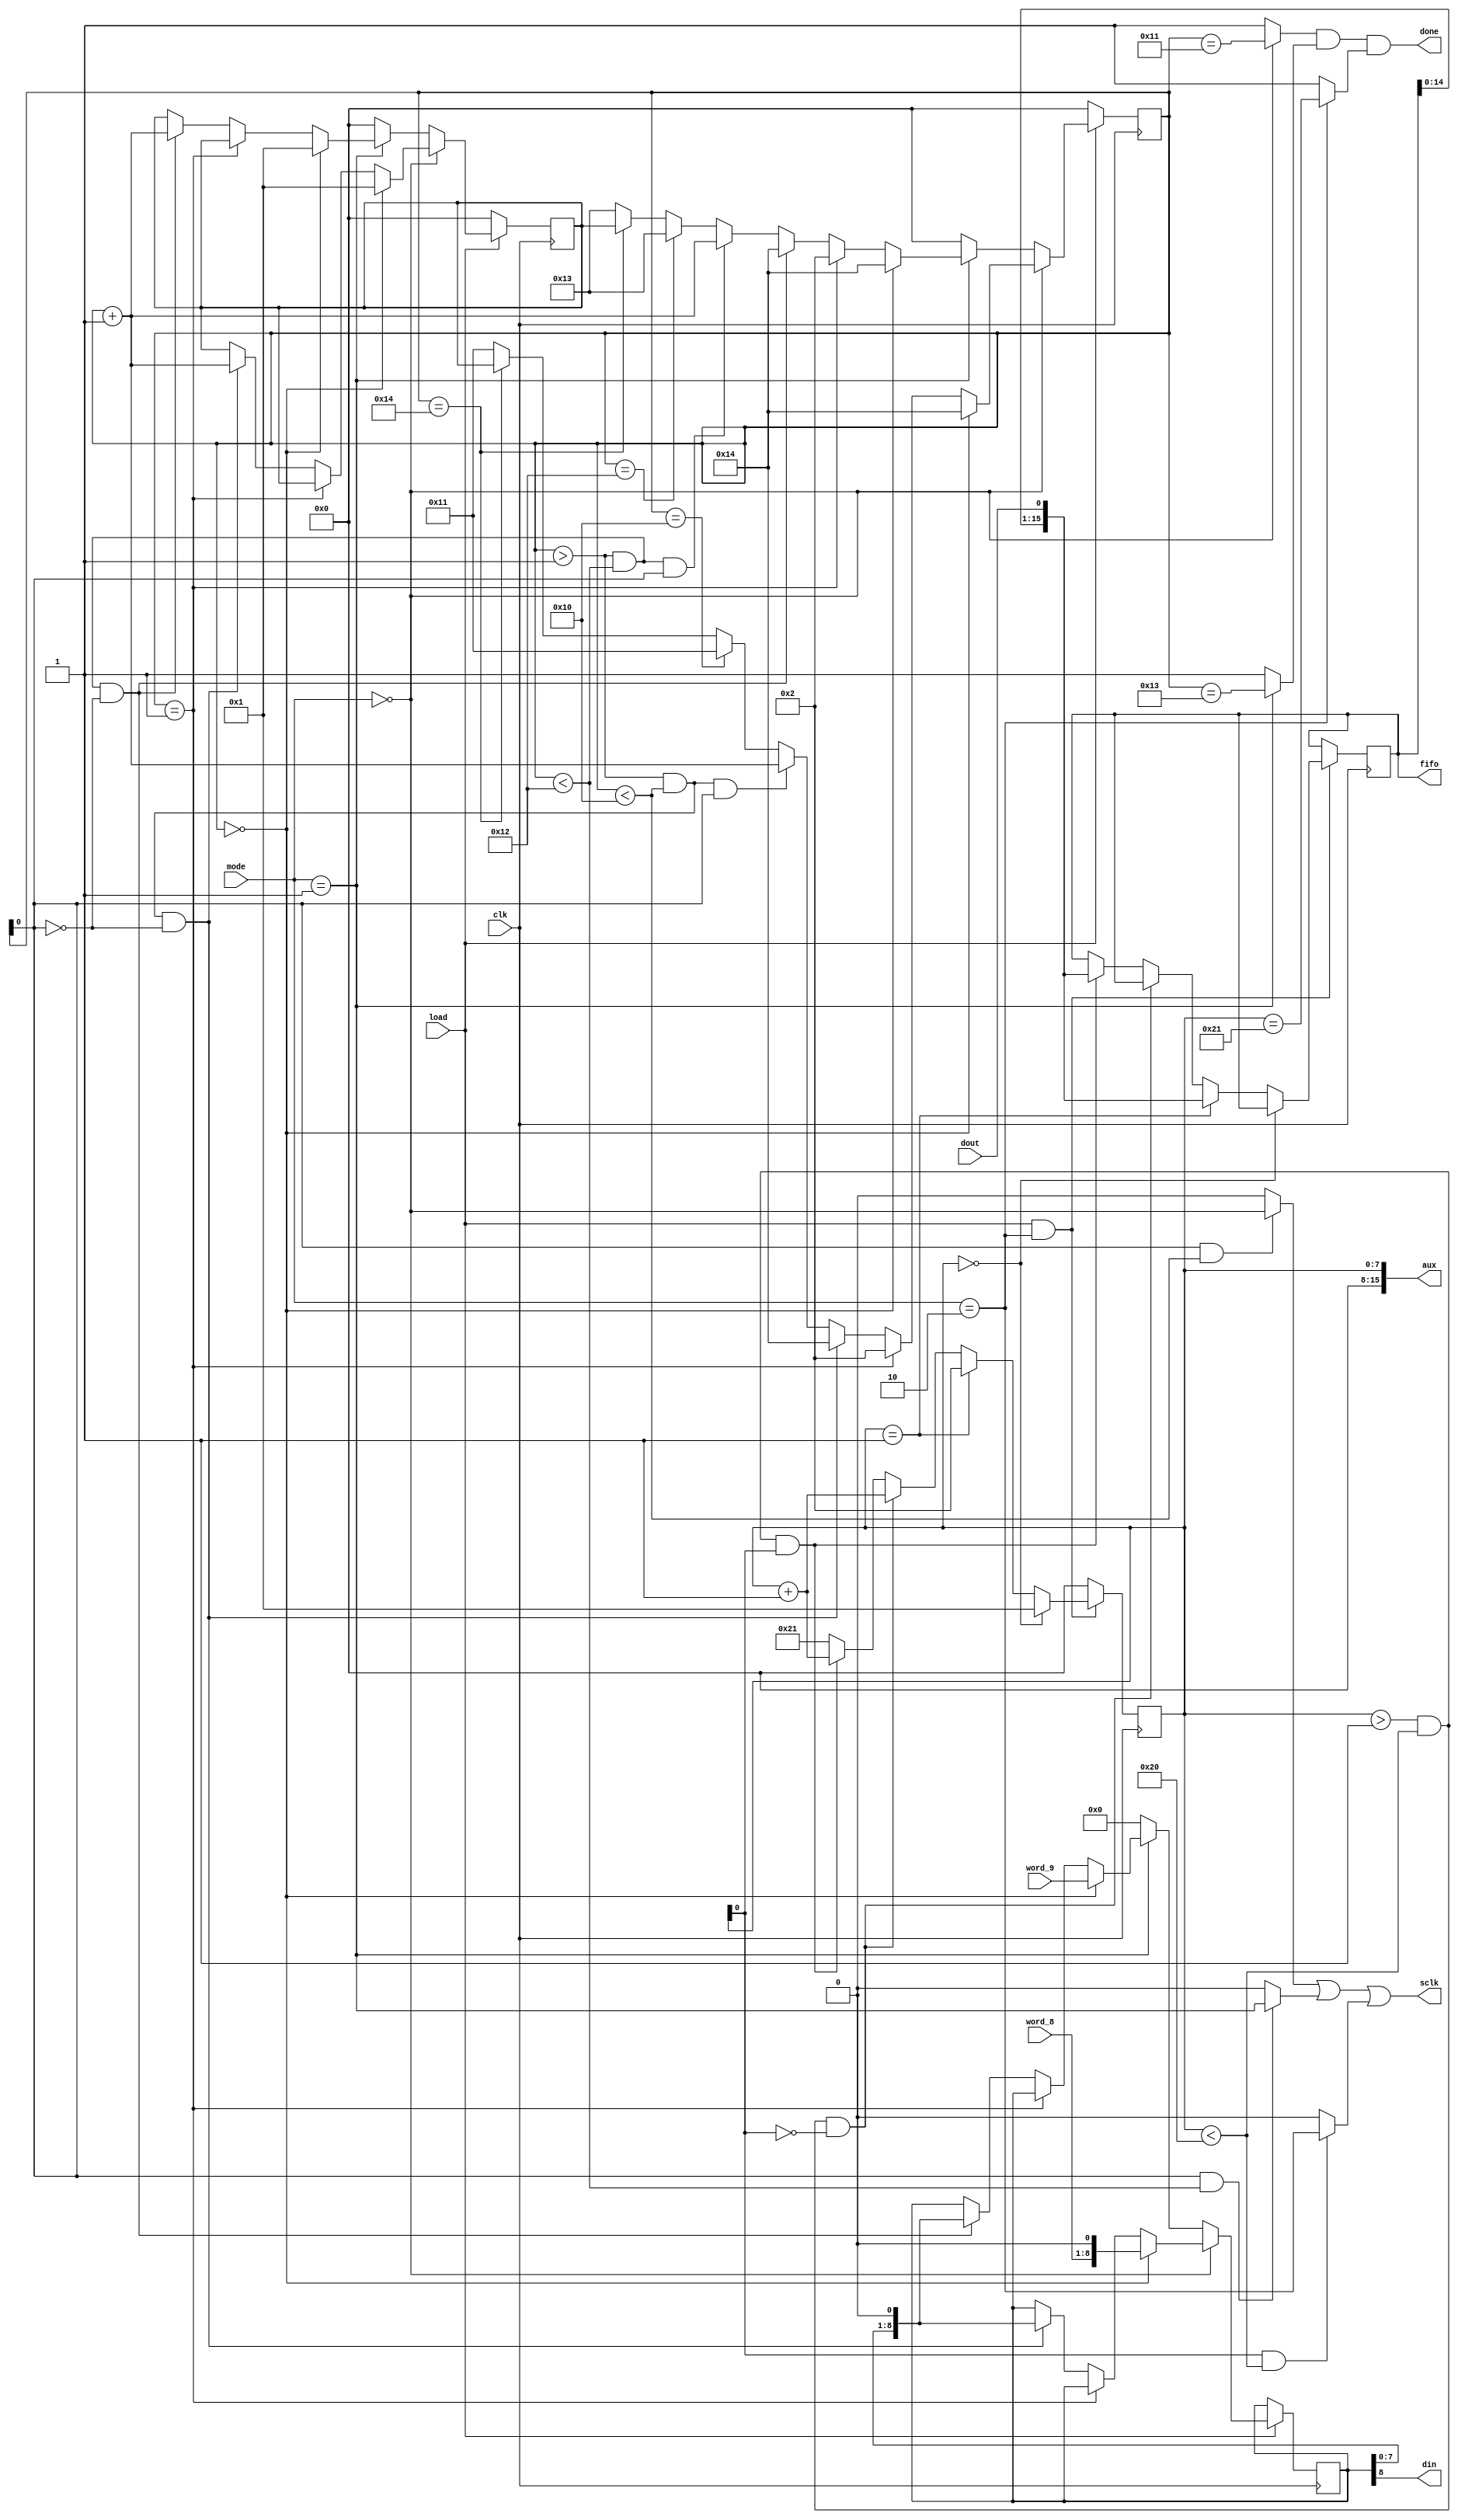
`timescale 1ns / 1ps
//////////////////////////////////////////////////////////////////////////////////
// Company: 
// Engineer: 
// 
// Design Name: 
// Module Name: SPI
// Project Name: 
// Target Devices: 
// Tool Versions: 
// Description: 
// 
// Dependencies: 
// 
// Revision:
// Revision 0.01 - File Created
// Additional Comments:
// 
//////////////////////////////////////////////////////////////////////////////////


module SPI(
    input clk,
    input load,
    input dout,
    input [1:0] mode,
    input [8:0] word_9,
    input [7:0] word_8,
    output sclk,
    output din,
    output done,
    output reg [15:0] fifo,
    output [15:0] aux
    );
    
    //////////////
    // Comentarios
    //////////////
    
    // clk: Clock de entrada (10 MHz). El clock del modulo superior a este debe ser igual o menor en freq.
    // load: cargar palabra
    // mode: 0 -> 8 bits, 1 -> 9 bits, 2 -> read.
    // word_i: palabra de i bits a escribir (MSB primero)
    // sclk: reloj del SPI
    // din: palabra de salida.
    // done: seal de terminado. Se activa cuando termin el proceso o cuando el modulo esta inactivo.
    // dout: palabra de entrada. Each result contains 2 bytes, with the
    //      MSB preceded by four leading zeros. After each falling
    //      edge of CS, the oldest available byte of data is available at
    //      DOUT, MSB first. When the FIFO is empty, DOUT is zero.
    //      Serial Data Output. Data is clocked out on the falling edge of
    //      SCLK. High impedance when CS is connected to VDD.
    
    ////////////////////
    // Wires y Registros
    ////////////////////
    
    parameter state_aux = 8'd20;
    parameter state_auxr = 8'd34;
    
    reg [7:0] state = 8'b0;
    reg [7:0] state_r = 8'b0;
    
    reg [7:0] state_next = 8'b0;
    reg [7:0] state_nextr = 8'b0;
    
    reg [8:0] s_reg = 9'b0;
    
    wire sclk_8, sclk_9, sclk_r;
    wire done_8, done_9, done_r;
    
    ////////////////////
    // Estados Iniciales
    ////////////////////
    
    initial
    begin
        fifo = 0;
    end
    
    /////////////
    // Simulacion
    /////////////
    
    assign aux = {8'b0, state_r};
    
    ////////////////////////
    // Always y Asignaciones
    //////////////////////// 
    
    always @(posedge clk)
    begin
        if(load == 1'b1)
            begin
            if(mode == 2'd0) // 8 bits
            begin
                if(state == 8'b0)
                begin
                    s_reg <= {word_8, 1'b0};
                    state <= state_aux;
                    state_next <= 8'd1;
                end
                
                else if(state == 8'b1)
                begin
                    s_reg <= s_reg;
                    state <= 8'd2;
                    state_next <= state_next;
                end
                
                else if((state> 8'b1) && (state < 8'd16) && (state[0] == 1'b0))
                begin
                    s_reg <= {s_reg[7:0], 1'b0};
                    state <= state_aux;
                    state_next <= state + 8'b1;
                end
                
                else if((state> 8'b1) && (state < 8'd16) && (state[0] == 1'b1))
                begin
                    s_reg <= s_reg;
                    state <= state + 8'b1;
                    state_next <= state_next;
                end
                
                else if(state == 8'd16)
                begin
                    s_reg <= s_reg;
                    state <= 8'd17;
                    state_next <= state_next;
                end
                
                else if(state == state_aux)
                begin
                    s_reg <= s_reg;
                    state <= state_next;
                    state_next <= state_next;
                end
                
                else
                begin
                    s_reg <= s_reg;
                    state <= 8'd17;
                    state_next <= state_next;  
                end
            end
            
            else if(mode == 2'd1) // 9 bits
            begin
                if(state == 8'b0)
                begin
                    s_reg <= word_9;
                    state <= state_aux;
                    state_next <= 8'd1;
                end
                
                else if(state == 8'b1)
                begin
                    s_reg <= s_reg;
                    state <= 8'd2;
                    state_next <= state_next;
                end
                
                else if((state> 8'b1) && (state < 8'd18) && (state[0] == 1'b0))
                begin
                    s_reg <= {s_reg[7:0], 1'b0};
                    state <= state_aux;
                    state_next <= state + 8'b1;
                end
                
                else if((state> 8'b1) && (state < 8'd18) && (state[0] == 1'b1))
                begin
                    s_reg <= s_reg;
                    state <= state + 8'b1;
                    state_next <= state_next;
                end
                
                else if(state == 8'd18)
                begin
                    s_reg <= s_reg;
                    state <= 8'd19;
                    state_next <= state_next;
                end
                
                else if(state == state_aux)
                begin
                    s_reg <= s_reg;
                    state <= state_next;
                    state_next <= state_next;
                end
                
                else
                begin
                    s_reg <= s_reg;
                    state <= 8'd19;
                    state_next <= state_next;    
                end
            end
            
            else // read
            begin
                s_reg <= 9'b0;
                state <= 8'b0;
                state_next <= 8'b0;
            end
        end
        
        else
        begin
            s_reg <= s_reg;
            state <= 8'b0;
            state_next <= 9'b0;
        end   
    end
    
    
    always @(posedge clk)
    begin
        if((load == 1'b1) && (mode == 2'd2))
        begin
            if(state_r == 8'b0)
            begin
                fifo <= fifo;
                state_r <= 8'd1;
            end
            
            else if(state_r == 8'b1)
            begin
                fifo <= {fifo[14:0], dout};
                state_r <= 8'd2;
            end
            
            else if((state_r> 8'd1) && (state_r < 8'd32) && (state_r[0] == 1'b0))
            begin
                fifo <= fifo;
                state_r <= state_r + 8'b1;
            end
            
            else if((state_r> 8'd1) && (state_r < 8'd32) && (state_r[0] == 1'b1))
            begin
                fifo <= {fifo[14:0], dout};
                //fifo <= 16'b1100_0000_0000_0001;    // Solo para efectos de simulacin
                state_r <= state_r + 8'b1;
            end
            
            else if(state == 8'd32)
            begin
                fifo <= fifo;
                state_r <= 8'd33;
            end
            
            else
            begin
                fifo <= fifo;
                state_r <= 8'd33;    
            end 
        end
        
        else
        begin
            fifo <= fifo;
            state_r <= 8'b0;
        end
    end     
    
    assign sclk_8 = ((state[0] == 1'b1) && (state < 8'd16))?  (mode == 4'b0000) : 1'b0;
    assign done_8 = (mode == 4'b0000)?    (state == 8'd17) : 1'b1;
    
    assign sclk_9 = ((state[0] == 1'b1) && (state < 8'd18))?  (mode == 4'b0001) : 1'b0;
    assign done_9 = (mode == 4'b0001)?    (state == 8'd19) : 1'b1;
    
    assign sclk_r = ((state_r[0] == 1'b1) && (state_r < 8'd32))?  (mode == 4'b0010) : 1'b0;
    assign done_r = (mode == 4'b0010)?    (state_r == 8'd33) : 1'b1;
    
    assign din = s_reg[8];
    assign done = done_8 & done_9 & done_r;
    assign sclk = sclk_8 | sclk_9 | sclk_r;
    
endmodule